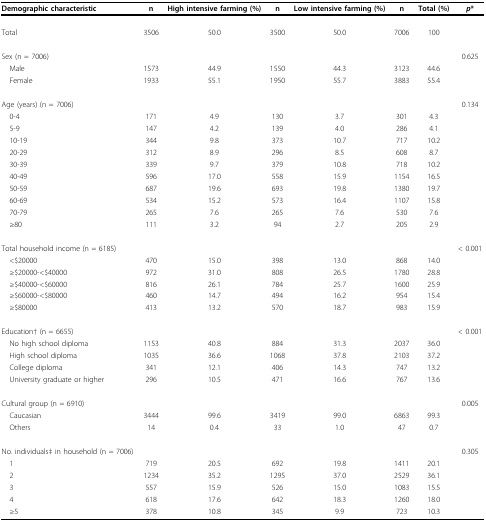
<table><thead><tr><td><b>Demographic characteristic</b></td><td><b>n</b></td><td><b>High intensive farming (%)</b></td><td><b>n</b></td><td><b>Low intensive farming (%)</b></td><td><b>n</b></td><td><b>Total (%)</b></td><td><b><i>p</i>*</b></td></tr></thead><tbody><tr><td>Total</td><td>3506</td><td>50.0</td><td>3500</td><td>50.0</td><td>7006</td><td>100</td><td></td></tr><tr><td>Sex (n = 7006)</td><td></td><td></td><td></td><td></td><td></td><td></td><td>0.625</td></tr><tr><td> Male</td><td>1573</td><td>44.9</td><td>1550</td><td>44.3</td><td>3123</td><td>44.6</td><td></td></tr><tr><td> Female</td><td>1933</td><td>55.1</td><td>1950</td><td>55.7</td><td>3883</td><td>55.4</td><td></td></tr><tr><td>Age (years) (n = 7006)</td><td></td><td></td><td></td><td></td><td></td><td></td><td>0.134</td></tr><tr><td> 0-4</td><td>171</td><td>4.9</td><td>130</td><td>3.7</td><td>301</td><td>4.3</td><td></td></tr><tr><td> 5-9</td><td>147</td><td>4.2</td><td>139</td><td>4.0</td><td>286</td><td>4.1</td><td></td></tr><tr><td> 10-19</td><td>344</td><td>9.8</td><td>373</td><td>10.7</td><td>717</td><td>10.2</td><td></td></tr><tr><td> 20-29</td><td>312</td><td>8.9</td><td>296</td><td>8.5</td><td>608</td><td>8.7</td><td></td></tr><tr><td> 30-39</td><td>339</td><td>9.7</td><td>379</td><td>10.8</td><td>718</td><td>10.2</td><td></td></tr><tr><td> 40-49</td><td>596</td><td>17.0</td><td>558</td><td>15.9</td><td>1154</td><td>16.5</td><td></td></tr><tr><td> 50-59</td><td>687</td><td>19.6</td><td>693</td><td>19.8</td><td>1380</td><td>19.7</td><td></td></tr><tr><td> 60-69</td><td>534</td><td>15.2</td><td>573</td><td>16.4</td><td>1107</td><td>15.8</td><td></td></tr><tr><td> 70-79</td><td>265</td><td>7.6</td><td>265</td><td>7.6</td><td>530</td><td>7.6</td><td></td></tr><tr><td> ≥80</td><td>111</td><td>3.2</td><td>94</td><td>2.7</td><td>205</td><td>2.9</td><td></td></tr><tr><td>Total household income (n = 6185)</td><td></td><td></td><td></td><td></td><td></td><td></td><td>&lt; 0.001</td></tr><tr><td> &lt;$20000</td><td>470</td><td>15.0</td><td>398</td><td>13.0</td><td>868</td><td>14.0</td><td></td></tr><tr><td> ≥$20000-&lt;$40000</td><td>972</td><td>31.0</td><td>808</td><td>26.5</td><td>1780</td><td>28.8</td><td></td></tr><tr><td> ≥$40000-&lt;$60000</td><td>816</td><td>26.1</td><td>784</td><td>25.7</td><td>1600</td><td>25.9</td><td></td></tr><tr><td> ≥$60000-&lt;$80000</td><td>460</td><td>14.7</td><td>494</td><td>16.2</td><td>954</td><td>15.4</td><td></td></tr><tr><td> ≥$80000</td><td>413</td><td>13.2</td><td>570</td><td>18.7</td><td>983</td><td>15.9</td><td></td></tr><tr><td>Education† (n = 6655)</td><td></td><td></td><td></td><td></td><td></td><td></td><td>&lt; 0.001</td></tr><tr><td> No high school diploma</td><td>1153</td><td>40.8</td><td>884</td><td>31.3</td><td>2037</td><td>36.0</td><td></td></tr><tr><td> High school diploma</td><td>1035</td><td>36.6</td><td>1068</td><td>37.8</td><td>2103</td><td>37.2</td><td></td></tr><tr><td> College diploma</td><td>341</td><td>12.1</td><td>406</td><td>14.3</td><td>747</td><td>13.2</td><td></td></tr><tr><td> University graduate or higher</td><td>296</td><td>10.5</td><td>471</td><td>16.6</td><td>767</td><td>13.6</td><td></td></tr><tr><td>Cultural group (n = 6910)</td><td></td><td></td><td></td><td></td><td></td><td></td><td>0.005</td></tr><tr><td> Caucasian</td><td>3444</td><td>99.6</td><td>3419</td><td>99.0</td><td>6863</td><td>99.3</td><td></td></tr><tr><td> Others</td><td>14</td><td>0.4</td><td>33</td><td>1.0</td><td>47</td><td>0.7</td><td></td></tr><tr><td>No. individuals‡ in household (n = 7006)</td><td></td><td></td><td></td><td></td><td></td><td></td><td>0.305</td></tr><tr><td> 1</td><td>719</td><td>20.5</td><td>692</td><td>19.8</td><td>1411</td><td>20.1</td><td></td></tr><tr><td> 2</td><td>1234</td><td>35.2</td><td>1295</td><td>37.0</td><td>2529</td><td>36.1</td><td></td></tr><tr><td> 3</td><td>557</td><td>15.9</td><td>526</td><td>15.0</td><td>1083</td><td>15.5</td><td></td></tr><tr><td> 4</td><td>618</td><td>17.6</td><td>642</td><td>18.3</td><td>1260</td><td>18.0</td><td></td></tr><tr><td> ≥5</td><td>378</td><td>10.8</td><td>345</td><td>9.9</td><td>723</td><td>10.3</td><td></td></tr></tbody></table>